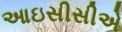
આઇસીસીએ